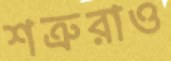
শত্রুরাও